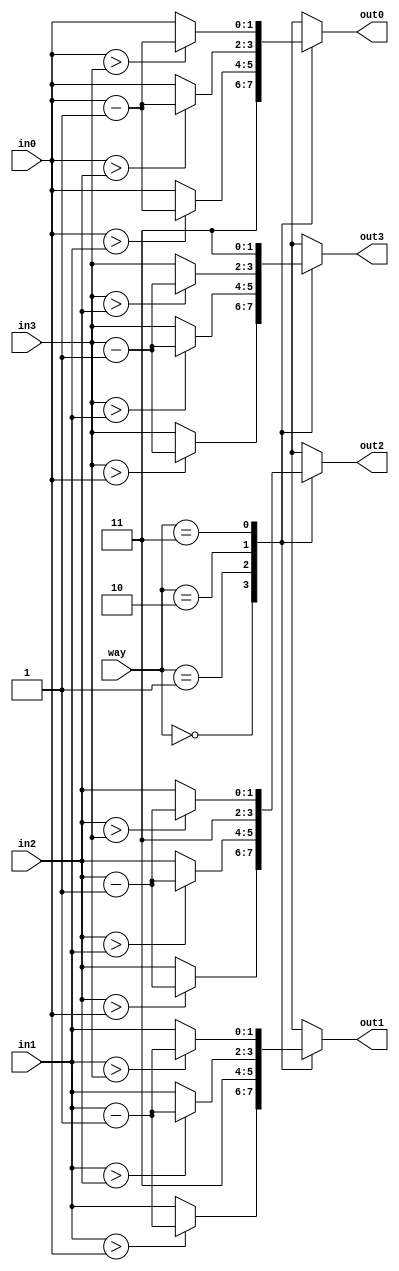
module updatePriority(input [1:0] way,input [1:0] in0,input [1:0] in1,input [1:0] in2,input [1:0] in3,
output reg [1:0] out0,output reg [1:0] out1,output reg  [1:0] out2,output reg [1:0] out3);  
  always @ (way,in0,in1,in2,in3)
  begin
    out0=in0;
    out1=in1;
    out2=in2;
    out3=in3;
    case(way)
      2'b00:  
      begin
        if(in1>in0)
          out1=in1-2'b01;
        if(in2>in0)
          out2=in2-2'b01;
        if(in3>in0)
          out3=in3-2'b01;
        out0=2'b11;
      end
      2'b01:  
      begin
        if(in0>in1)
          out0=in0-2'b01;
        if(in2>in1)
          out2=in2-2'b01;
        if(in3>in1)
          out3=in3-2'b01;
        out1=2'b11;
      end
      2'b10: 
      begin
        if(in0>in2)
          out0=in0-2'b01;
        if(in1>in2)
          out1=in1-2'b01;
        if(in3>in2)
          out3=in3-2'b01;
        out2=2'b11;
      end 
      2'b11:
      begin
        if(in0>in3)
          out0=in0-2'b01;
        if(in1>in3)
          out1=in1-2'b01;
        if(in2>in3)
          out2=in2-2'b01;
        out3=2'b11;
      end
    endcase
  end
endmodule